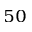
_ { 5 0 }